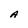
Character: A